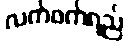
လက်ဖက်ရည်